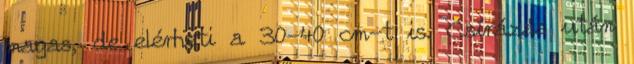
magas, de elérheti a 30-40 cm-t is. Csírázás után